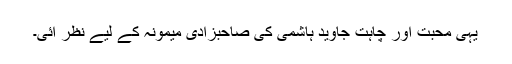
یہی محبت اور چاہت جاوید ہاشمی کی صاحبزادی میمونہ کے لیے نظر آئی۔